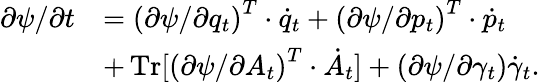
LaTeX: \begin{array}{rl}{\partial\psi/\partial t}&{=\left(\partial\psi/\partial q_{t}\right)^{T}\cdot\dot{q}_{t}+\left(\partial\psi/\partial p_{t}\right)^{T}\cdot\dot{p}_{t}}\\ &{+\operatorname*{Tr}[\left(\partial\psi/\partial A_{t}\right)^{T}\cdot\dot{A}_{t}]+(\partial\psi/\partial\gamma_{t})\dot{\gamma}_{t}.}\end{array}